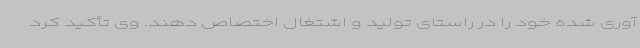
آوری شده خود را در راستای تولید و اشتغال اختصاص دهند. وی تأکید کرد